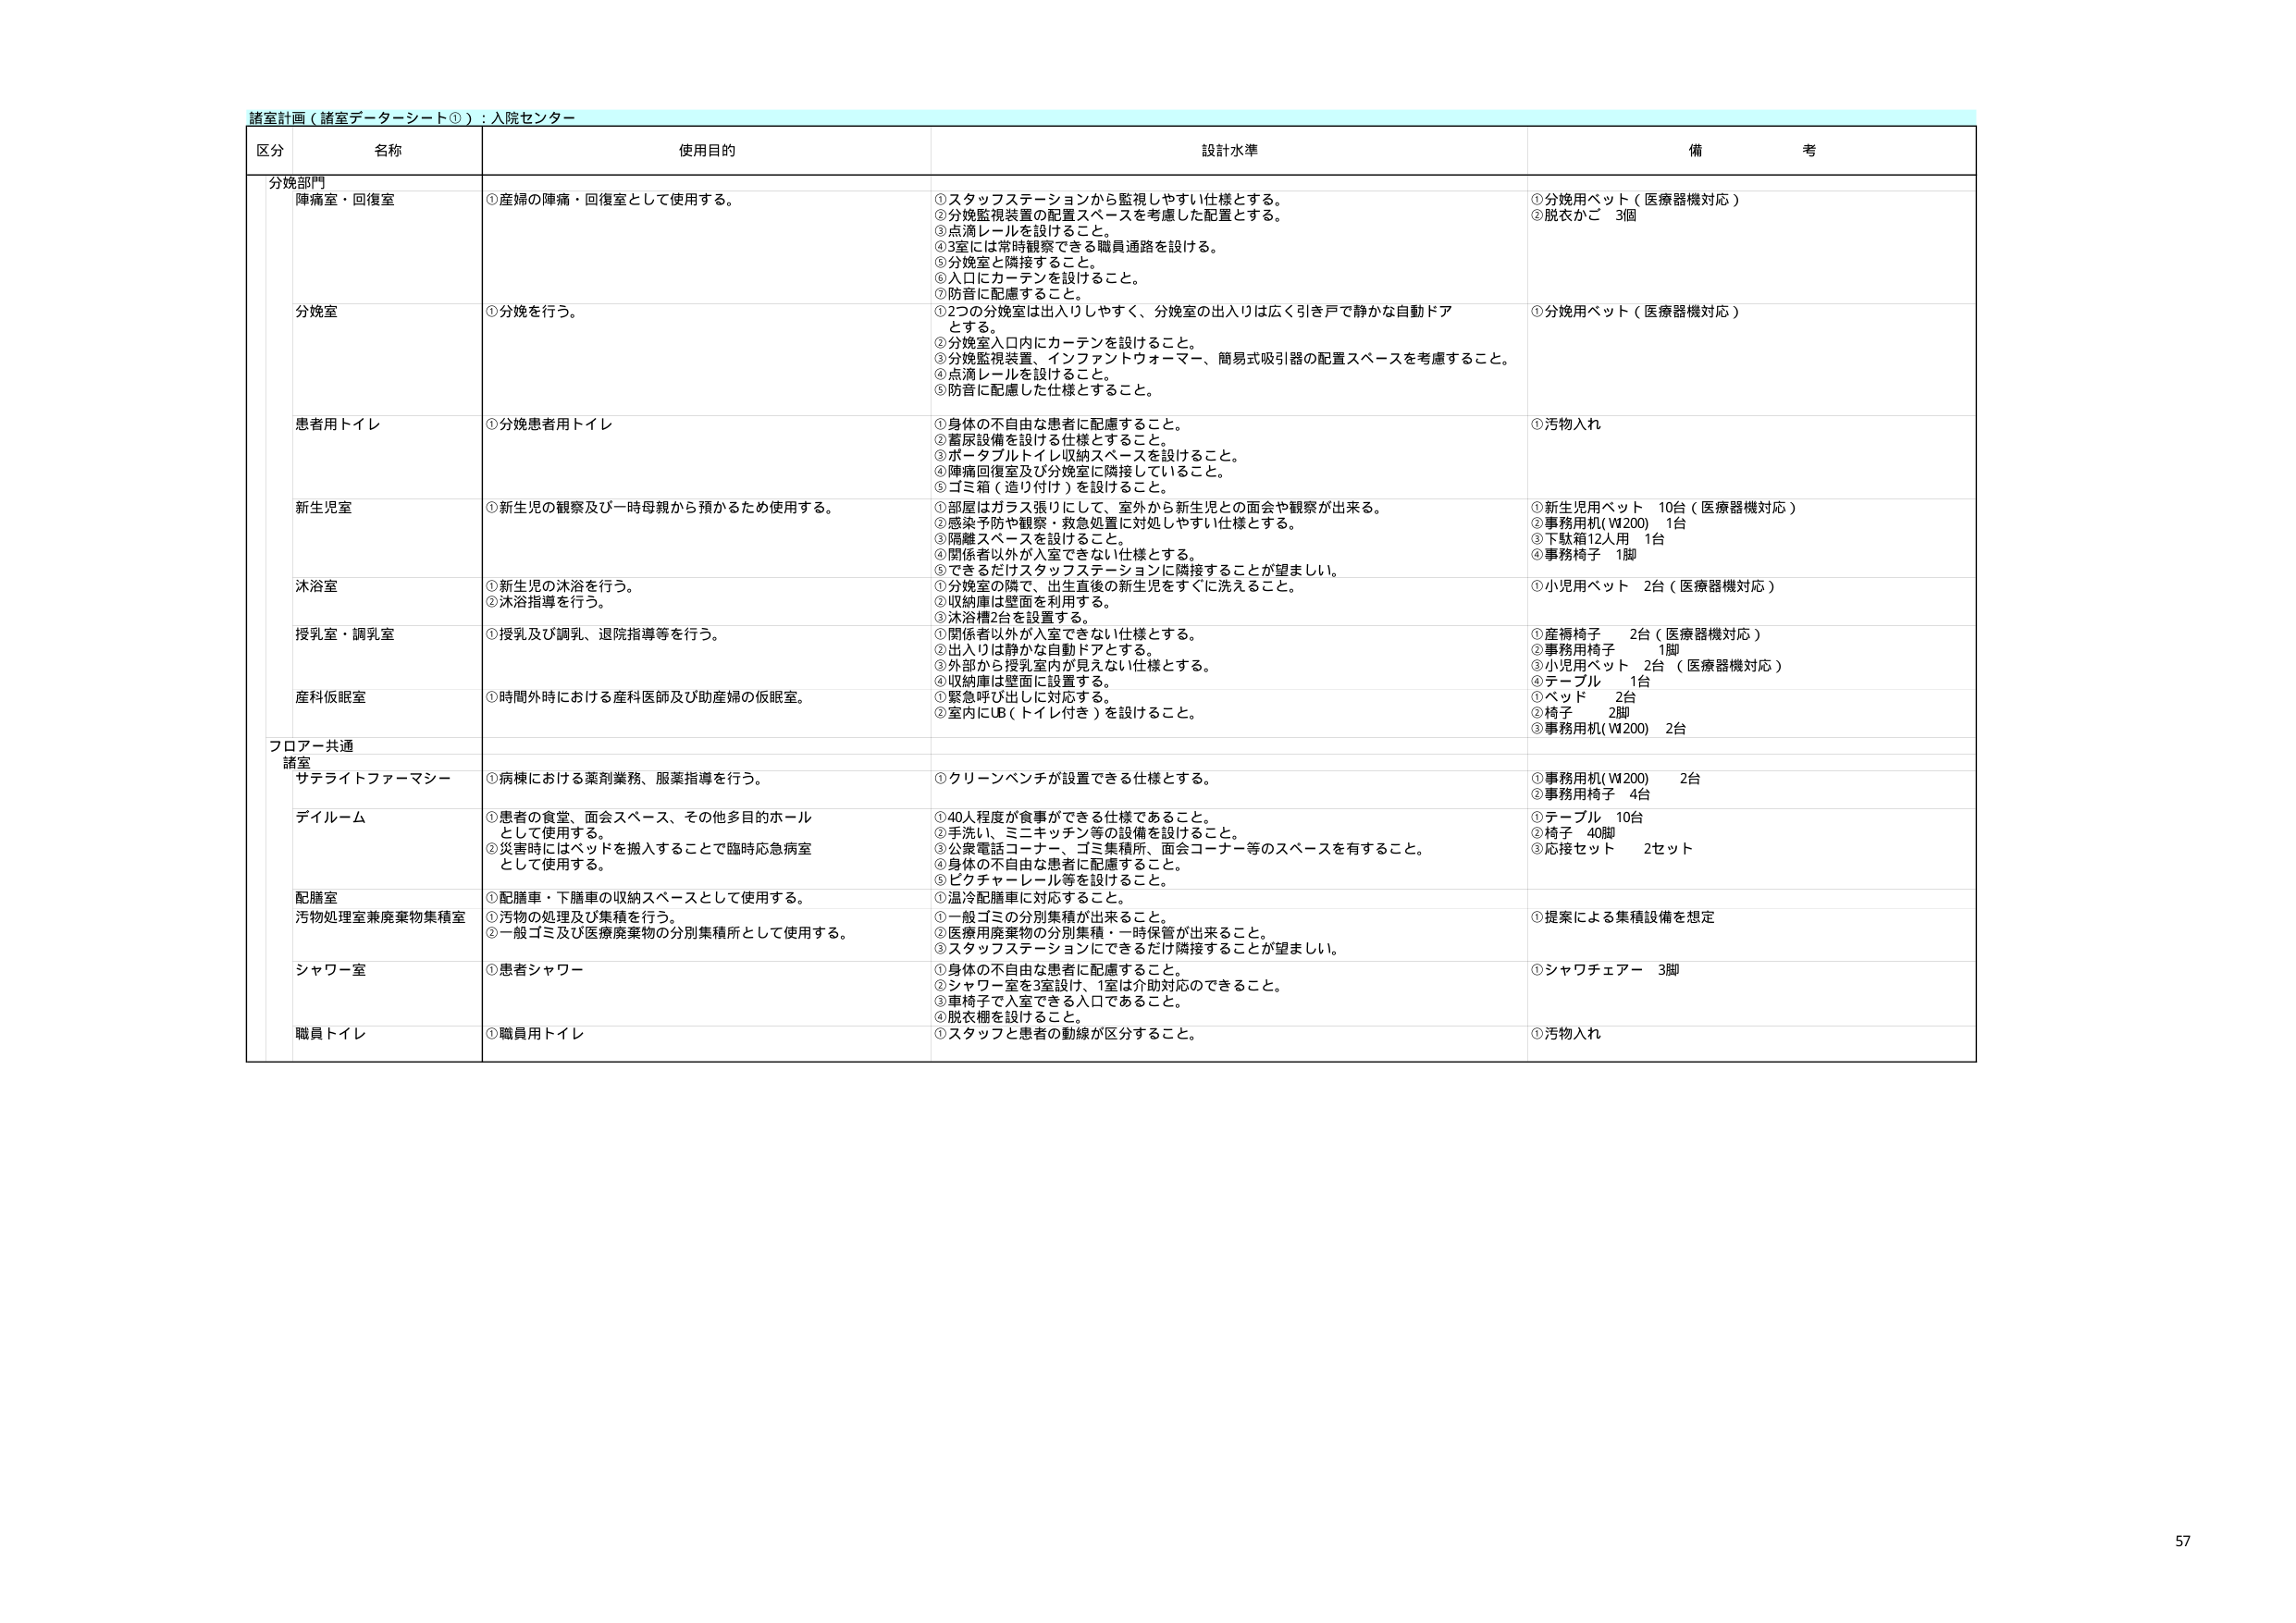
諸室計画（諸室データシート①）：入院センター

区分 名称 使用目的 設計水準 備考

分娩部門
陣痛室・回復室 ①産婦の陣痛・回復室として使用する。 ①スタッフステーションから監視しやすい仕様とする。 ②分娩監視装置の配置スペースを考慮した配置とする。 ③点滴レールを設けること。 ④3室には常時観察できる職員通路を設ける。 ⑤分娩室と隣接すること。 ⑥入口にカーテンを設けること。 ⑦防音に配慮すること。 ①分娩用ベット（医療器機対応） ②脱衣かご 3個

分娩室 ①分娩を行う。 ①2つの分娩室は出入りしやすく、分娩室の出入りは広く引き戸で静かな自動ドアとする。 ②分娩室入口内にカーテンを設けること。 ③分娩監視装置、インファントウォーマー、簡易式吸引器の配置スペースを考慮すること。 ④点滴レールを設けること。 ⑤防音に配慮した仕様とすること。 ①分娩用ベット（医療器機対応）

患者用トイレ ①分娩患者用トイレ ①身体の不自由な患者に配慮すること。 ②蓄尿設備を設ける仕様とすること。 ③ポータブルトイレ収納スペースを設けること。 ④陣痛回復室及び分娩室に隣接していること。 ⑤ゴミ箱（造り付け）を設けること。 ①汚物入れ

新生児室 ①新生児の観察及び一時母親から預かるため使用する。 ①部屋はガラス張りにして、室外から新生児との面会や観察が出来る。 ②感染予防や観察・救急処置に対処しやすい仕様とする。 ③隔離スペースを設けること。 ④関係者以外が入室できない仕様とする。 ⑤できるだけスタッフステーションに隣接することが望ましい。 ①新生児用ベット 10台（医療器機対応） ②事務用机（W200） 1台 ③下駄箱12人用 1台 ④事務椅子 1脚

沐浴室 ①新生児の沐浴を行う。 ②沐浴指導を行う。 ①分娩室の隣で、出生直後の新生児をすぐに洗えること。 ②収納庫は壁面を利用する。 ③沐浴槽2台を設置する。 ①小児用ベット 2台（医療器機対応）

授乳室・調乳室 ①授乳及び調乳、退院指導等を行う。 ①関係者以外が入室できない仕様とする。 ②出入りは静かな自動ドアとする。 ③外部から授乳室内が見えない仕様とする。 ④収納庫は壁面に設置する。 ⑤緊急呼び出しに対応する。 ⑥室内にUB（トイレ付き）を設けること。 ①産褥椅子 2台（医療器機対応） ②事務用椅子 1脚 ③小児用ベット 2台（医療器機対応）

産科仮眠室 ①時間外時における産科医師及び助産婦の仮眠室。 ①テーブル 1台 ②ベッド 2台 ③椅子 2脚 ④事務用机（W200） 2台

フロア共通
諸室
サテライトファーマシー ①病棟における薬剤業務、服薬指導を行う。 ①クリーンベンチが設置できる仕様とする。 ①事務用机（W200） 2台 ②事務用椅子 4台

デイルーム ①患者の食堂、面会スペース、その他多目的ホールとして使用する。 ②災害時にはベッドを搬入することで臨時応急病室として使用する。 ①40人程度が食事ができる仕様であること。 ②手洗い、ミニキッチン等の設備を設けること。 ③公衆電話コーナー、ゴミ集積所、面会コーナー等のスペースを有すること。 ④身体の不自由な患者に配慮すること。 ⑤ピクチャーレール等を設けること。 ①テーブル 10台 ②椅子 40脚 ③応接セット 2セット

配膳室 ①配膳車・下膳車の収納スペースとして使用する。 ①温冷配膳車に対応すること。 ②一般ゴミの分別集積が出来ること。 ③医療用廃棄物の分別集積・一時保管が出来ること。 ④スタッフステーションにできるだけ隣接することが望ましい。 ①提案による集積設備を想定

汚物処理室兼廃棄物集積室 ①汚物の処理及び集積を行う。 ②一般ゴミ及び医療廃棄物の分別集積所として使用する。

シャワー室 ①患者シャワー ①身体の不自由な患者に配慮すること。 ②シャワー室を3室設け、1室は介助対応のできること。 ③車椅子で入室できる入口であること。 ④脱衣棚を設けること。 ⑤スタッフと患者の動線が区分すること。 ①シャワチェアー 3脚

職員トイレ ①職員用トイレ ①汚物入れ

57